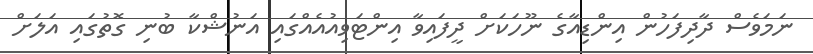
ނަމަވެސް ދާދިފަހުން އިންޑިއާގެ ނޫހަކަށް ދީފައިވާ އިންޓަވިއުއެއްގައި އަނުޝްކާ ބުނި ގޮތުގައި އަލަށް